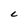
Character: 6